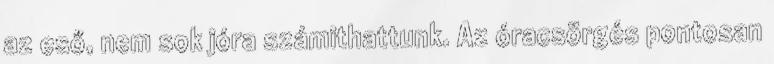
az eső, nem sok jóra számithattunk. Az óracsörgés pontosan